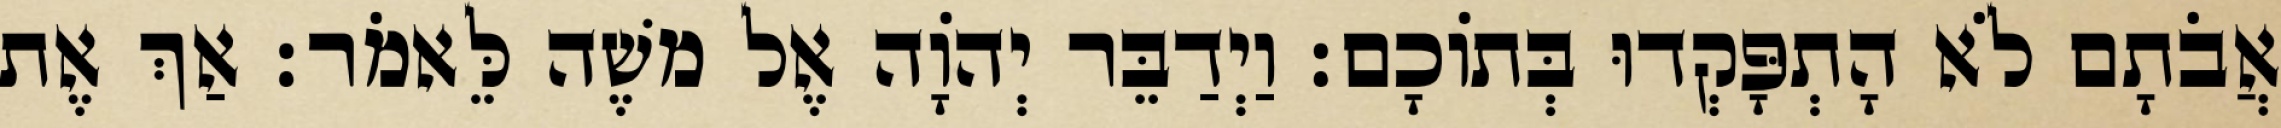
אֲבֹתָם לֹא הָתְפָּקְדוּ בְּתוֹכָם׃ וַיְדַבֵּר יְהוָֹה אֶל משֶׁה לֵּאמֹר׃ אַךְ אֶת